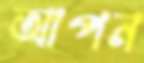
আপন